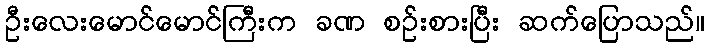
ဦးလေးမောင်မောင်ကြီးက ခဏ စဉ်းစားပြီး ဆက်ပြောသည်။